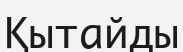
Қытайды